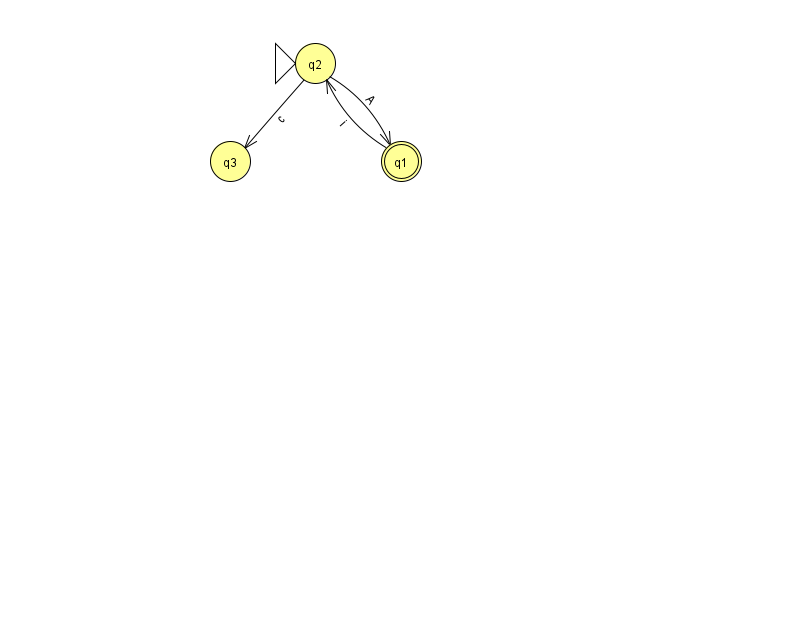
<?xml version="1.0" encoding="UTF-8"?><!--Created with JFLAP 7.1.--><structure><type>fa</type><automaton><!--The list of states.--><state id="1" name="q1"><x>401.0</x><y>148.0</y><final/></state><state id="2" name="q2"><x>315.0</x><y>50.0</y><initial/></state><state id="3" name="q3"><x>230.0</x><y>148.0</y></state><!--The list of transitions.--><transition><from>1</from><to>2</to><read>i</read></transition><transition><from>2</from><to>1</to><read>A</read></transition><transition><from>2</from><to>3</to><read>c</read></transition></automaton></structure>